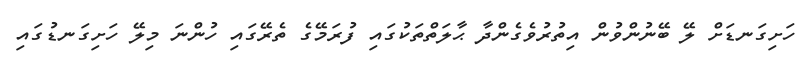
ހަށިގަނޑަށް ލޭ ބޭނުންވުން އިތުރުވެގެންދާ ޙާލަތްތަކުގައި ފުރަމޭގެ ތެރޭގައި ހުންނަ މިލޭ ހަށިގަނޑުގައި